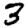
Digit: 3